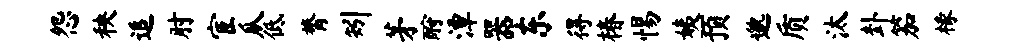
怨秧追肘宦瓜低膂矧茅酹潭器东得椿惕姨预邈质汰卦笳椽